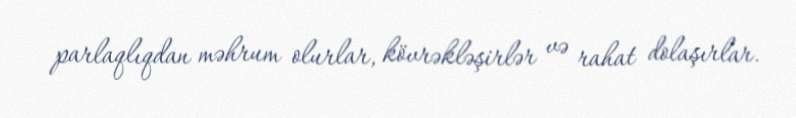
parlaqlıqdan məhrum olurlar, kövrəkləşirlər və rahat dolaşırlar.